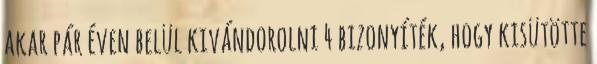
akar pár éven belül kivándorolni 4 bizonyíték, hogy kisütötte